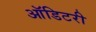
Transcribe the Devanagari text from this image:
ऑडिटरी